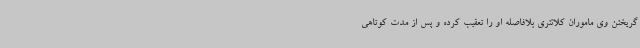
گریختن وی ماموران کلانتری بلافاصله او را تعقیب کرده و پس از مدت کوتاهی